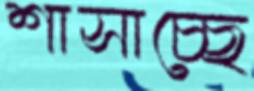
শাসাচ্ছে